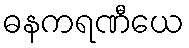
ဓနကရဏီယေ